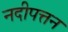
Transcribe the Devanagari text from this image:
नदीपत्तन